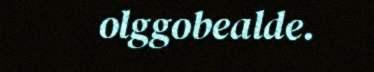
olggobealde.